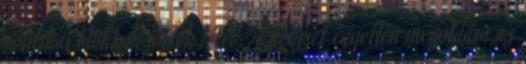
politikai blokkok jöttek létre. A helyzet egyetlen megoldása az